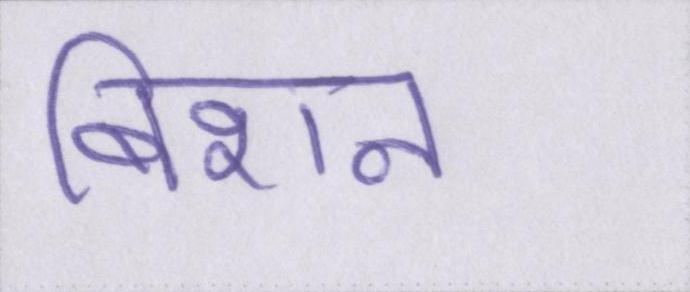
बिशन